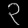
Digit: ၃